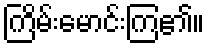
ကြိမ်းမောင်းကြ၏။